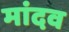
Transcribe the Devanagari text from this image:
मांदव